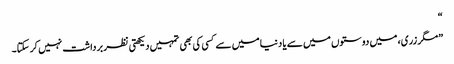
“
”مگر زری، میں دوستوں میں سے یا دنیا میں سے کسی کی بھی تمہیں دیکھتی نظر برداشت نہیں کر سکتا۔